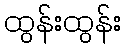
ထွန်းထွန်း